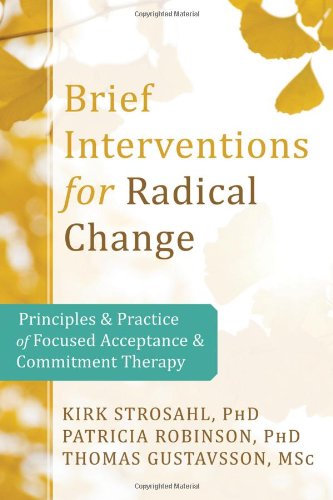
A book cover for Brief Interventions for Radical Change: Principles and Practice of Focused Acceptance and Commitment Therapy; Kirk D. Strosahl PhD; Science & Math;